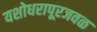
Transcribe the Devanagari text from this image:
यशोधरापूरजवळ